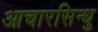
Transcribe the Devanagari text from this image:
आचारसिन्धु